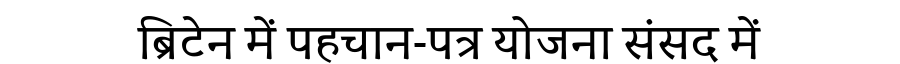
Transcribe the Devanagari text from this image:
ब्रिटेन में पहचान-पत्र योजना संसद में